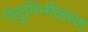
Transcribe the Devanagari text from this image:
ऐलुमिनीकरण